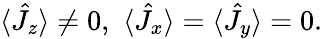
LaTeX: \begin{array}{r}{\langle\hat{J}_{z}\rangle\neq 0,\, \, \langle\hat{J}_{x}\rangle=\langle\hat{J}_{y}\rangle=0.}\end{array}